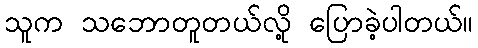
သူက သဘောတူတယ်လို့ ပြောခဲ့ပါတယ်။